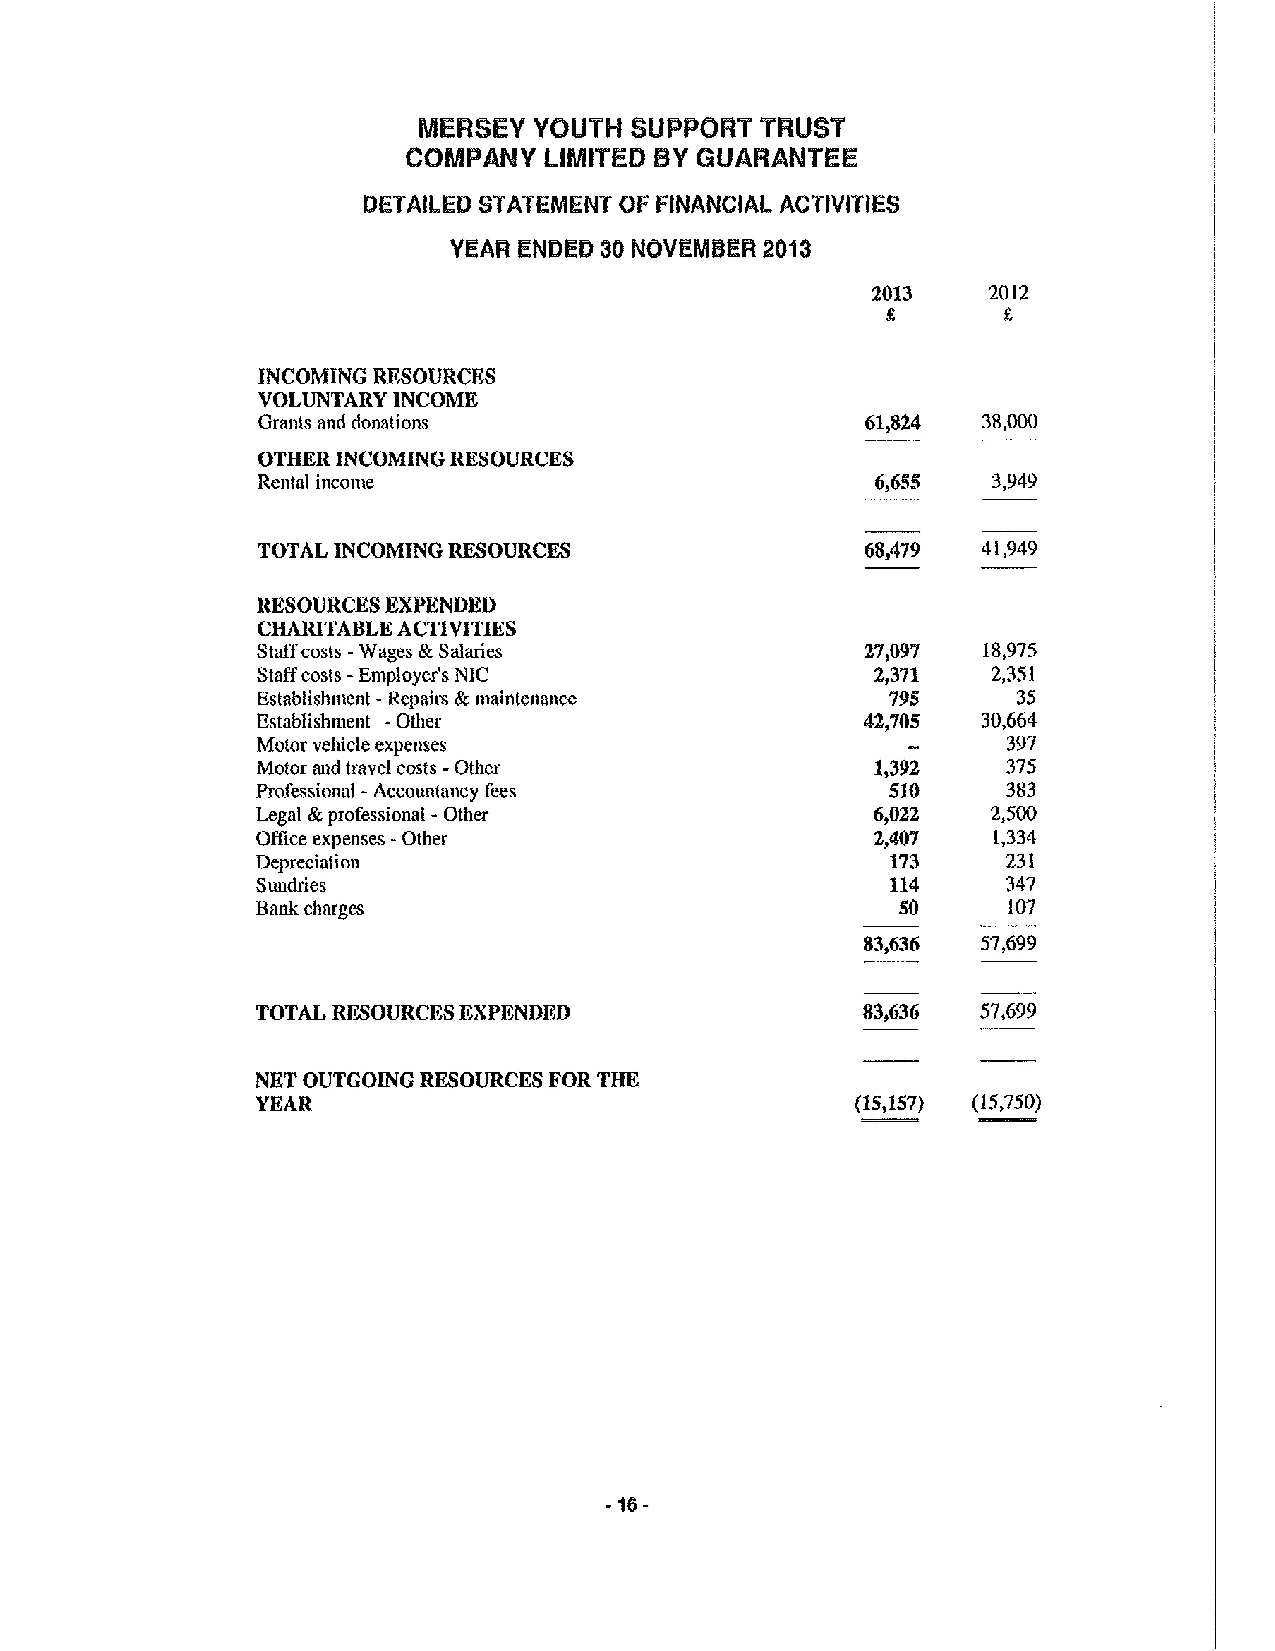
MERSEY YOUTH  SUPPGAT THUST
 COMPM  Y LIMITED BYGUARANTEE
 DETA)LED STATEMENT OF FlNANCIAL ACTIV(T(ES
 YEAR ENDED 30 NOVEMBER 2018
 2013   2012
 INCOMING RESOURCES
 VOLUNTARY INCOME
 Grants and donations                    61&824  38,000
 OTHER INCOMING RESOURCE&S
 Rental income                            6,655   3,949
 TOTAL INCOMING IK&8OURCE&S              68,479  41,949
 RESOURCES EXPENDED
 CHARITABLE ACTIVITIES
 Staffcosts -Wages &Salaries             27,0%   18,975
 Staffcosts -Employer's NIC               2,371   2,351
 Establishment -Repairs &maintenance       795     35
 Establishntent -Other                   42,705  30,664
 Motor vehicle expenses                            397
 Motor and travel costs -Other            1,392    375
 Professions - Accountancy fees            510     383
 Legal &professional -Other               6,022   2,500
 Office expenses -Other                   2,407   1,334
 Depreciation                              173     231
 Sundries                                  114     347
 Bank charges                               SO     107
 83,636  57,699
 TOTAL RESOURCES EXPENDED                83,636  57,699
 NET OUTGOING RESOURCES FOR THE
 YEAR                                    (15,157) (15,750)
 -56-